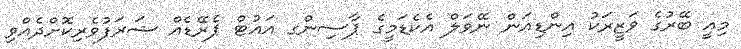
މިއީ ބޭރުގެ ވަޒީރަކު އިންޑިއަން ނޭވަލް އެކެޑަމީގެ ޕާސިންގ އައުޓް ޕެރޭޑެއް ޝަރަފުވެރިކޮށްދެއްވި